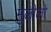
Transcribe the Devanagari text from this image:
मुलीलो